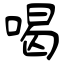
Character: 喝